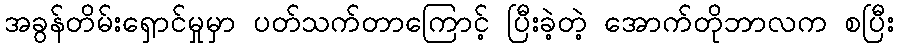
အခွန်တိမ်းရှောင်မှုမှာ ပတ်သက်တာကြောင့် ပြီးခဲ့တဲ့ အောက်တိုဘာလက စပြီး